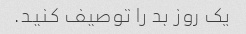
یک روز بد را توصیف کنید.